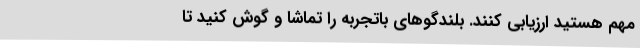
مهم هستید ارزیابی کنند. بلندگوهای باتجربه را تماشا و گوش کنید تا